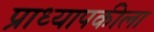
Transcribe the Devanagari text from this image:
प्राध्यापकीला